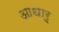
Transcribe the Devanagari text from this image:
आधारू